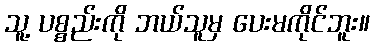
သူ့ ပစ္စည်းကို ဘယ်သူမှ ပေးမကိုင်ဘူး။